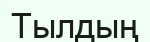
Тылдың